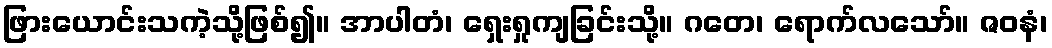
ဖြားယောင်းသကဲ့သို့ဖြစ်၍။ အာပါတံ၊ ရှေးရှုကျခြင်းသို့။ ဂတေ၊ ရောက်လသော်။ ဇဝနံ၊